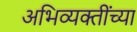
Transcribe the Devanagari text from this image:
अभिव्यक्तींच्या